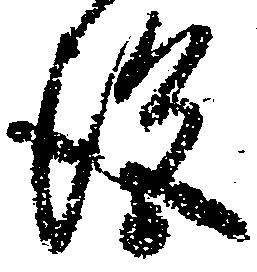
施